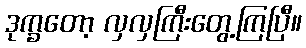
ဒုက္ခတော့ လှလှကြီးတွေ့ကြပြီ။